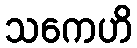
သကေဟိ